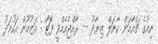
ނިއުގެ ޗެއާމަން ކާނަލް ޒިޔާދު -- ރާއްޖެއެމްވީ ފޮޓޯ : އަޒުމޫން އަހުމަދު